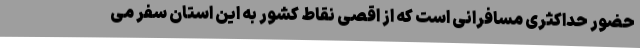
حضور حداکثری مسافرانی است که از اقصی نقاط کشور به این استان سفر می